Civil Veterinary Department. United Provinces 1932-42 - 1932-1942
Year: 1932
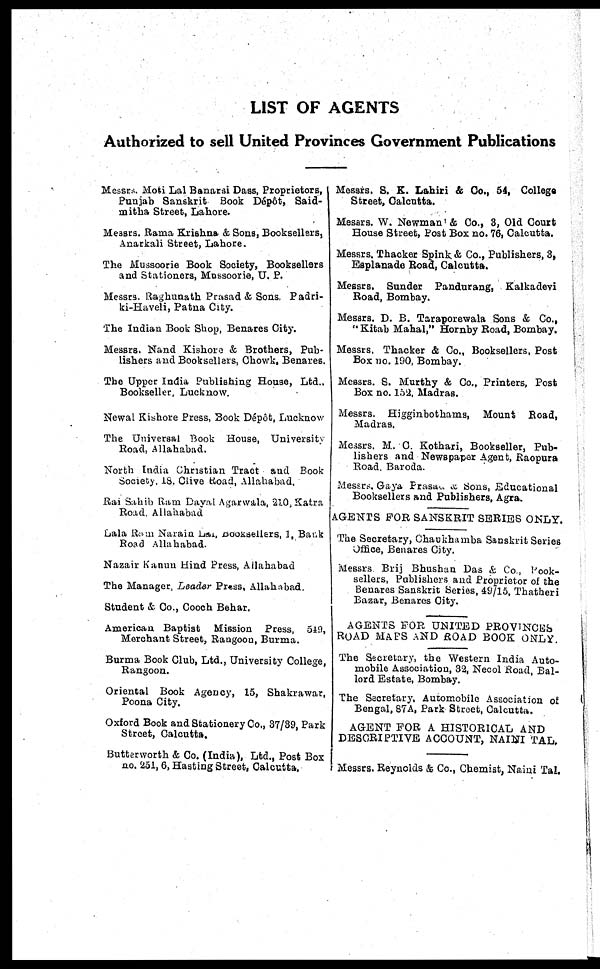
LIST OF AGENTS
Authorized to sell United Provinces Government Publications
Messrs. Moti Lal Banarsi Dass, Proprietors,
Punjab Sanskrit Book Dépôt, Said-
mitha Street, Lahore.
Messrs. Rama Krishna & Sons, Booksellers,
Anarkali Street, Lahore.
The Mussoorie Book Society, Booksellers
and Stationers, Mussoorie, U. P.
Messrs. Raghunath Prasad & Sons, Padri-
ki-Haveli, Patna City.
The Indian Book Shop, Benares City.
Messrs. Nand Kishore & Brothers, Pub-
lishers and Booksellers, Chowk, Benares.
The Upper India Publishing House, Ltd.,
Bookseller Lucknow.
Newal Kishore Press, Book Depot, Lucknow
The Universal Book House, University
Road, Allahabad.
North India Christian Tract and Book
Society 18. Clive Road, Allahabad.
Rai Sahib Ram Dayal Agarwala, 2l0, Katra
Road. Allahabad
Lala Ram Narain Lal, Booksellers, 1, Bank
Road Allahabad.
Nazair Kanun Hind Press, Allahabad
The Manager, Leader Press, Allahabad.
Student & Co., Cooch Behar.
American Baptist Mission Press, 549,
Merchant Street, Rangoon, Burma.
Burma Book Club, Ltd., University College,
Rangoon.
Oriental Book Agency, 15, Shakrawar,
Poona City.
Oxford Book and Stationery Co., 37/39, Park
Street, Calcutta.
Butterworth & Co. (India), Ltd., Post Bos
no. 251, 6, Hasting Street, Calcutta.
Messrs. S. E. Lahiri & Co., 54, College
Street, Calcutta.
Messrs. W. Newman & Co., 3, Old Court
House Street, Post Box no. 76, Calcutta.
Messrs. Thacker Spink & Co., Publishers, 3,
Esplanade Road, Calcutta.
Messrs. Sunder Pandurang, Kalkadevi
Road, Bombay.
Messrs. D. B. Taraporewala Sons & Co.,
" Kitab Mahal, " Hornby Road, Bombay.
Messrs. Thacker & Co., Booksellers, Post
Box no. 190, Bombay.
Messrs. S. Murthy & Co., Printers, Post
Bos no. 152, Madras.
Messrs. Higginbothams, Mount Road,
Madras.
Messrs. M. C. Kothari, Bookseller, Pub-
lishers and Newspaper Agent, Raopura
Road Baroda.
Messrs, Gaya Prasad & Sons, Educational
Booksellers and Publishers, Agra.
AGENTS FOR SANSKRIT SERIES ONLY.
The Secretary, Chaukhamba Sanskrit Series
Office, Benares City.
Messrs. Brij Bhushan Das & Co., Book-
sellers, Publishers and Proprietor of the
Benares Sanskrit Series, 49/15, Thatheri
Bazar, Benares City.
AGENTS FOR UNITED PROVINCES
ROAD MAPS AND ROAD BOOK ONLY.
The Secretary, the Western India Auto-
mobile Association, 32, Necol Road, Bal-
lord Estate, Bombay.
The Secretary, Automobile Association of
Bengal, 87A, Park Street, Calcutta.
AGENT FOR A HISTORICAL AND
DESCRIPTIVE ACCOUNT, NAINI TAL,
Messrs. Reynolds & Co., Chemist, Naini Tal.